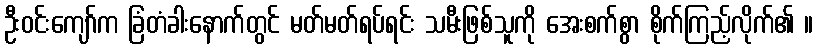
ဦးဝင်းကျော်က ခြံတံခါးနောက်တွင် မတ်မတ်ရပ်ရင်း သမီးဖြစ်သူကို အေးစက်စွာ စိုက်ကြည့်လိုက်၏ ။